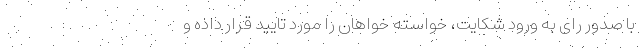
با صدور رای به ورود شکایت، خواسته خواهان را مورد تایید قرار داده و